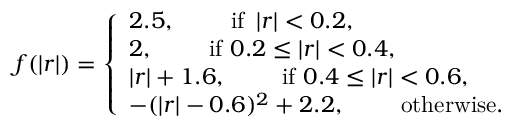
f ( \left| \boldsymbol { r } \right| ) = \left\{ \begin{array} { l l } { 2 . 5 , \qquad \mathrm { ~ i f } \ \left| \boldsymbol { r } \right| < 0 . 2 , } \\ { 2 , \qquad \mathrm { ~ i f } \ 0 . 2 \le \left| \boldsymbol { r } \right| < 0 . 4 , } \\ { \left| \boldsymbol { r } \right| + 1 . 6 , \qquad \mathrm { ~ i f } \ 0 . 4 \le \left| \boldsymbol { r } \right| < 0 . 6 , } \\ { - ( \left| \boldsymbol { r } \right| - 0 . 6 ) ^ { 2 } + 2 . 2 , \qquad \mathrm { ~ o t h e r w i s e } . } \end{array} \right.